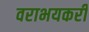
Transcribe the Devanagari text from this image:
वराभयकरी